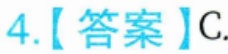
4.【答案】C